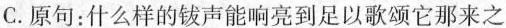
C.原句：什么样的钹声能响亮到足以歌颂它那来之